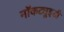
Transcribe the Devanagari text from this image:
नॉकट्यूइडी